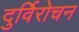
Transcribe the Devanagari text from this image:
दुर्विरोचन